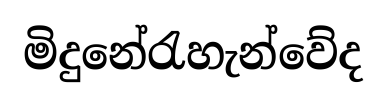
මිදුනේරැහැන්වේද